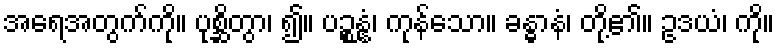
အရေအတွက်ကို။ ပုစ္ဆိတွာ၊ ၍။ ပဉ္စန္နံ၊ ကုန်သော။ ခန္ဓာနံ၊ တို့၏။ ဥဒယံ၊ ကို။